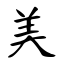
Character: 美